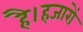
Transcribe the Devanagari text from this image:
है।हजारों